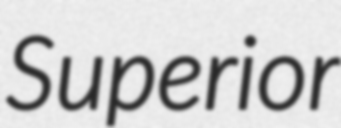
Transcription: Superior